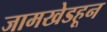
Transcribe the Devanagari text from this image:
जामखेडहून